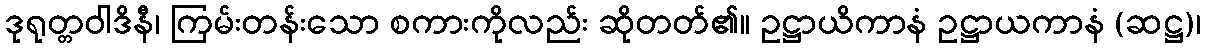
ဒုရုတ္တဝါဒိနီ၊ ကြမ်းတန်းသော စကားကိုလည်း ဆိုတတ်၏။ ဥဋ္ဌာယိကာနံ ဥဋ္ဌာယကာနံ (ဆဋ္ဌ)၊